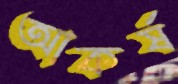
আকর্ষ